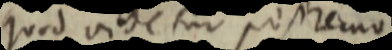
quod videtur possemo